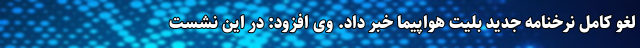
لغو کامل نرخنامه جدید بلیت هواپیما خبر داد. وی افزود: در این نشست